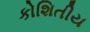
કોશિતીય